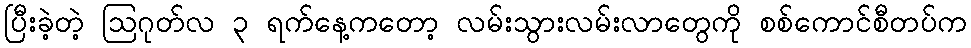
ပြီးခဲ့တဲ့ ဩဂုတ်လ ၃ ရက်နေ့ကတော့ လမ်းသွားလမ်းလာတွေကို စစ်ကောင်စီတပ်က